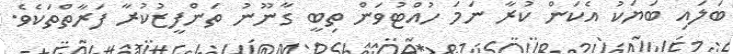
ބަލައި ބަޔަކު އެކަން ކުރާ ނަމަ ހުއްޓުވަން ތިބީ ގާނޫނު ތަންފީޒުކުރާ ފަރާތްތަކެވެ.